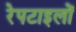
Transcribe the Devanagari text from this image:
रेपटाइलों